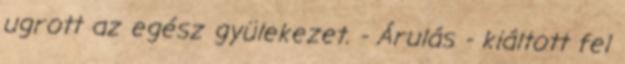
ugrott az egész gyülekezet. - Árulás - kiáltott fel